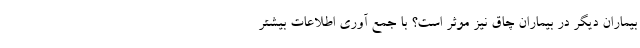
بیماران دیگر در بیماران چاق نیز موثر است؟ با جمع آوری اطلاعات بیشتر